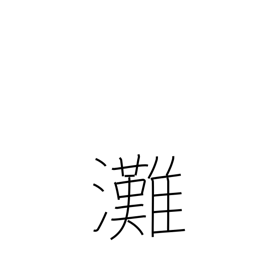
Meaning: open sea